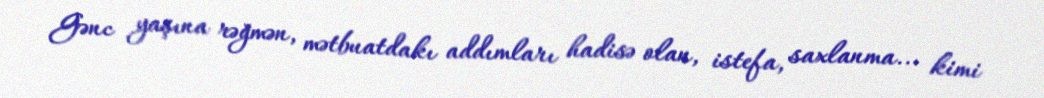
Gənc yaşına rəğmən, mətbuatdakı addımları hadisə olan, istefa, saxlanma... kimi